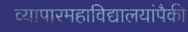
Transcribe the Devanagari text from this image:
व्यापारमहाविद्यालयांपैकी